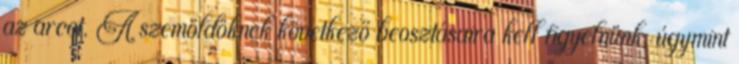
az arcot. A szemöldöknek következő beosztásaira kell figyelnünk, úgymint